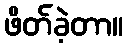
ဖိတ်ခဲ့တာ။